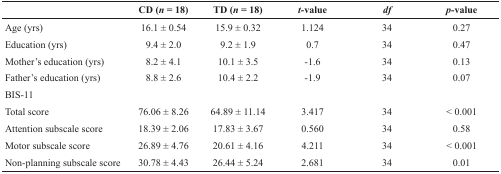
|  | CD (n = 18) | TD (n = 18) | t-value | df | p-value |
 | --- | --- | --- | --- | --- | --- |
 | Age (yrs) | 16.1 ± 0.54 | 15.9 ± 0.32 | 1.124 | 34 | 0.27 |
 | Education (yrs) | 9.4 ± 2.0 | 9.2 ± 1.9 | 0.7 | 34 | 0.47 |
 | Mother’s education (yrs) | 8.2 ± 4.1 | 10.1 ± 3.5 | -1.6 | 34 | 0.13 |
 | Father’s education (yrs) | 8.8 ± 2.6 | 10.4 ± 2.2 | -1.9 | 34 | 0.07 |
 | BIS-11 |  |  |  |  |  |
 | Total score | 76.06 ± 8.26 | 64.89 ± 11.14 | 3.417 | 34 | < 0.001 |
 | Attention subscale score | 18.39 ± 2.06 | 17.83 ± 3.67 | 0.560 | 34 | 0.58 |
 | Motor subscale score | 26.89 ± 4.76 | 20.61 ± 4.16 | 4.211 | 34 | < 0.001 |
 | Non-planning subscale score | 30.78 ± 4.43 | 26.44 ± 5.24 | 2.681 | 34 | 0.01 |